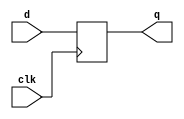
`timescale 1ns / 1ps
module dff(d,clk,q);
input clk,d;
output reg q;
always @ (posedge clk) begin
q<=d;
end
endmodule
module siso(clk,si,so);
input clk;
input si;
output so;
wire w1,w2,w3;
dff u1(si,clk,w1);
dff u2(w1,clk,w2);
dff u3(w2,clk,w3);
dff u4(w3,clk,so);
endmodule